Indian journal of veterinary science and animal husbandry - Volumes 18-21, 1948-1951
Year: 1948
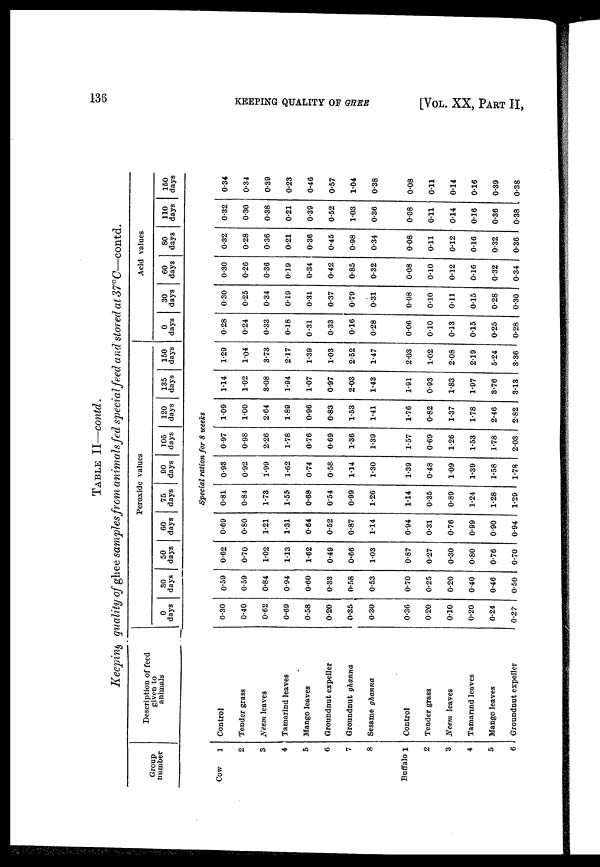
136
KEEPING QUALITY OF GHEE
[VOL. XX, PART II,
TABLE II—contd.
Keeping quality of ghee samples from animals fed special feed and stored at 37°C—contd.
Group
number
Cow
1
2
3
4
5
6
7
8
Buffalo 1
2
3
4
5
6
Description of feed
given to
animals
Control
Tender grass
Neem leaves
Tamarind leaves
Mango leaves
Groundnut expeller
Groundnut ghanna
Sesame ghanna
Control
Tender grass
Neem leaves
Tamarind leaves
Mango leaves
Groundnut expeller
Peroxide values
0
days
0.30
0.40
0.62
0.69
0.58
0.20
0.35
0.30
0.36
0.20
0.10
0.20
0.24
0.27
30
days
0.59
0.59
0.84
0.94
0.60
0.33
0.58
0.53
0.70
0.25
0.20
0.40
0.46
0.50
50
days
0.62
0.70
1.02
1.13
1.62
0.49
0.66
1.03
0.87
0.27
0.30
0.80
0.76
0.70
60
days
0.69
0.80
1.21
1.31
0.64
0.52
0.87
1.14
0.94
0.31
0.76
0.99
0.90
0.94
75
days
90
days
105
days
120
days
Special ration for 8 weeks
0.81
0.84
1.73
1.55
0.68
0.54
0.99
1.26
1.14
0.35
0.89
1.24
1.28
1.29
0.93
0.92
1.99
1.62
0.74
0.58
1.14
1.30
1.39
0.48
1.09
1.39
1.58
1.78
0.97
0.98
2.26
1.78
0.76
0.69
1.36
1.39
1.57
0.69
1.26
1.53
1.78
2.03
1.09
1.00
2.64
1.89
0.96
0.83
1.53
1.41
1.76
0.82
1.37
1.78
2.46
2.82
135
days
1.14
1.02
3.08
1.94
1.07
0.97
2.03
1.43
1.91
0.93
1.83
1.97
3.76
3.13
150
days
1.29
1.04
3.73
2.17
1.39
1.03
2.52
1.47
2.03
1.02
2.08
2.19
5.24
3.36
Acid values
0
days
0.28
0.24
0.33
0.18
0.31
0.33
0.16
0.28
0.06
0.10
0.13
0.15
0.25
0.28
30
days
0.30
0.25
0.34
0.19
0.31
0.37
0.79
0.31
0.08
0.10
0.11
0.15
0.28
0.30
60
days
0.30
0.26
0.36
0.19
0.34
0.42
0.85
0.32
0.08
0.10
0.12
0.16
0.32
0.34
80
days
0.32
0.28
0.36
0.21
0.36
0.45
0.98
0.34
0.08
0.11
0.12
0.16
0.32
0.36
110
days
0.32
0.30
0.38
0.21
0.39
0.52
1.03
0.36
0.08
0.11
0.14
0.16
0.36
0.38
150
days
0.34
0.34
0.39
0.23
0.46
0.57
1.04
0.38
0.08
0.11
0.14
0.16
0.39
0.38